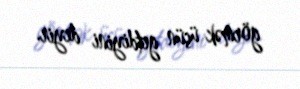
görmək üçün getdiyini deyir.